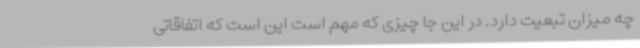
چه میزان تبعیت دارد. در این جا چیزی که مهم است این است که اتفاقاتی